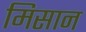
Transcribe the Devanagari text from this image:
मिसान